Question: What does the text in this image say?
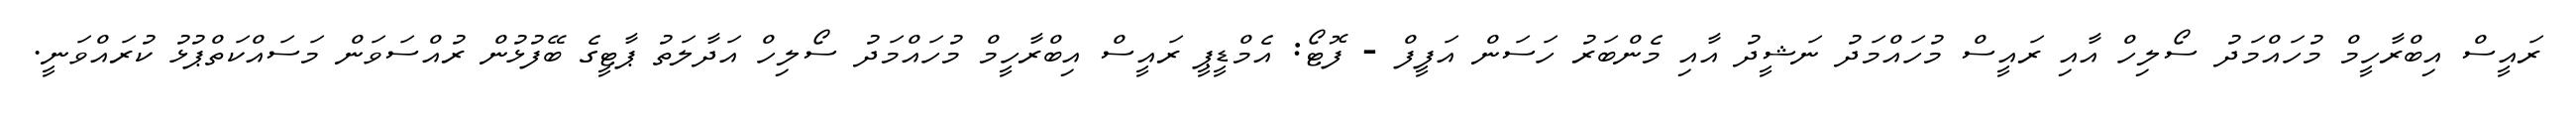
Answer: ރައީސް އިބްރާހީމް މުހައްމަދު ސޯލިހް އާއި ރައީސް މުހައްމަދު ނަޝީދު އާއި މެންބަރު ހަސަން އަފީފް - ފޮޓޯ: އެމްޑީޕީ ރައީސް އިބްރާހީމް މުހައްމަދު ސޯލިހް އަދާލަތު ޕާޓީގެ ބޭފުޅުން ރުއްސަވަން މަސައްކަތްޕުޅު ކުރައްވަނީ.